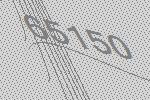
65150